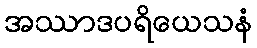
အဿာဒပရိယေသနံ